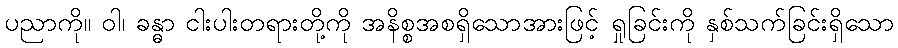
ပညာကို။ ဝါ၊ ခန္ဓာ ငါးပါးတရားတို့ကို အနိစ္စအစရှိသောအားဖြင့် ရှုခြင်းကို နှစ်သက်ခြင်းရှိသော